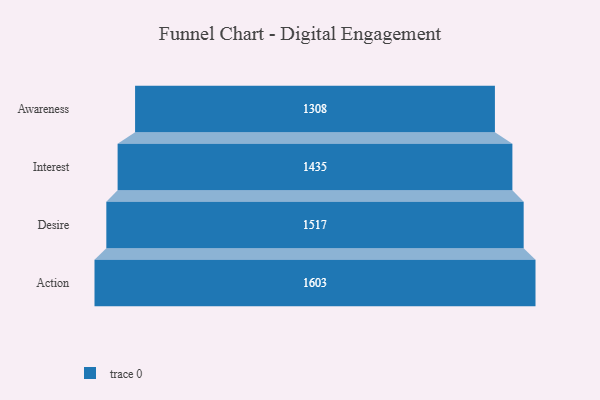
{"axis": {"x": "Stage", "y": "Value"}, "legend": [""], "data": [{"x": "Awareness", "y": 1308.0, "type": ""}, {"x": "Interest", "y": 1435.0, "type": ""}, {"x": "Desire", "y": 1517.0, "type": ""}, {"x": "Action", "y": 1603.0, "type": ""}]}